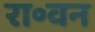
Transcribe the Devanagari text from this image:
रा॰वन